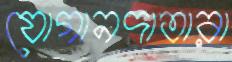
যোগানদাতারা